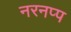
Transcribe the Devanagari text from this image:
नरनप्प